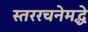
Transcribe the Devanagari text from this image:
स्तररचनेमद्धे